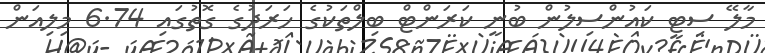
މާލޭ ސިޓީ ކައުންސިލުން ބުނީ ކަރަންޓް ބިލްތަކުގެ ހަރަދުގެ ގޮތުގައި 6.74 މިލިއަން